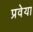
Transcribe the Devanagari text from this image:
प्रवेया